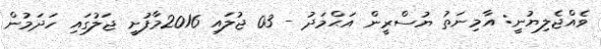
ވެއްޖެލިޔުނީ: އާމިނަތު ޔުސްރީން އަޙްމަދު - 03 ޖުލައި 2016މާފުށީ ޖަލުގައި ހަދަމުން